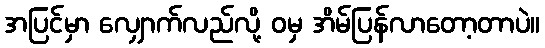
အပြင်မှာ လျှောက်လည်လို့ ဝမှ အိမ်ပြန်လာတော့တာပဲ။